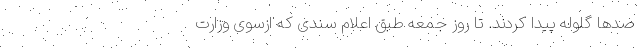
صد‌ها گلوله پیدا کردند. تا روز جمعه طبق اعلام سندی که ازسوی وزارت